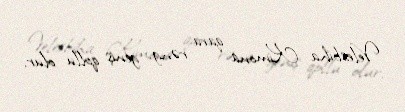
Velesbiha Kimona qara rəng, geniş qollu olur.